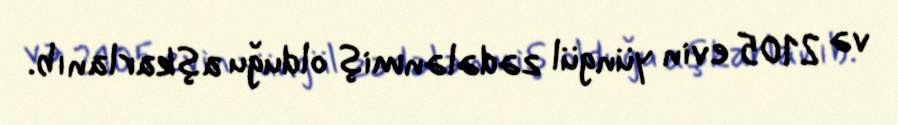
və 2105 evin yüngül zədələnmiş olduğu aşkarlanıb.